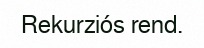
Rekurziós rend.